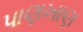
પાણખાણ